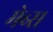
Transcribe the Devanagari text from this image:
मेब्स